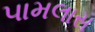
પામલાસ